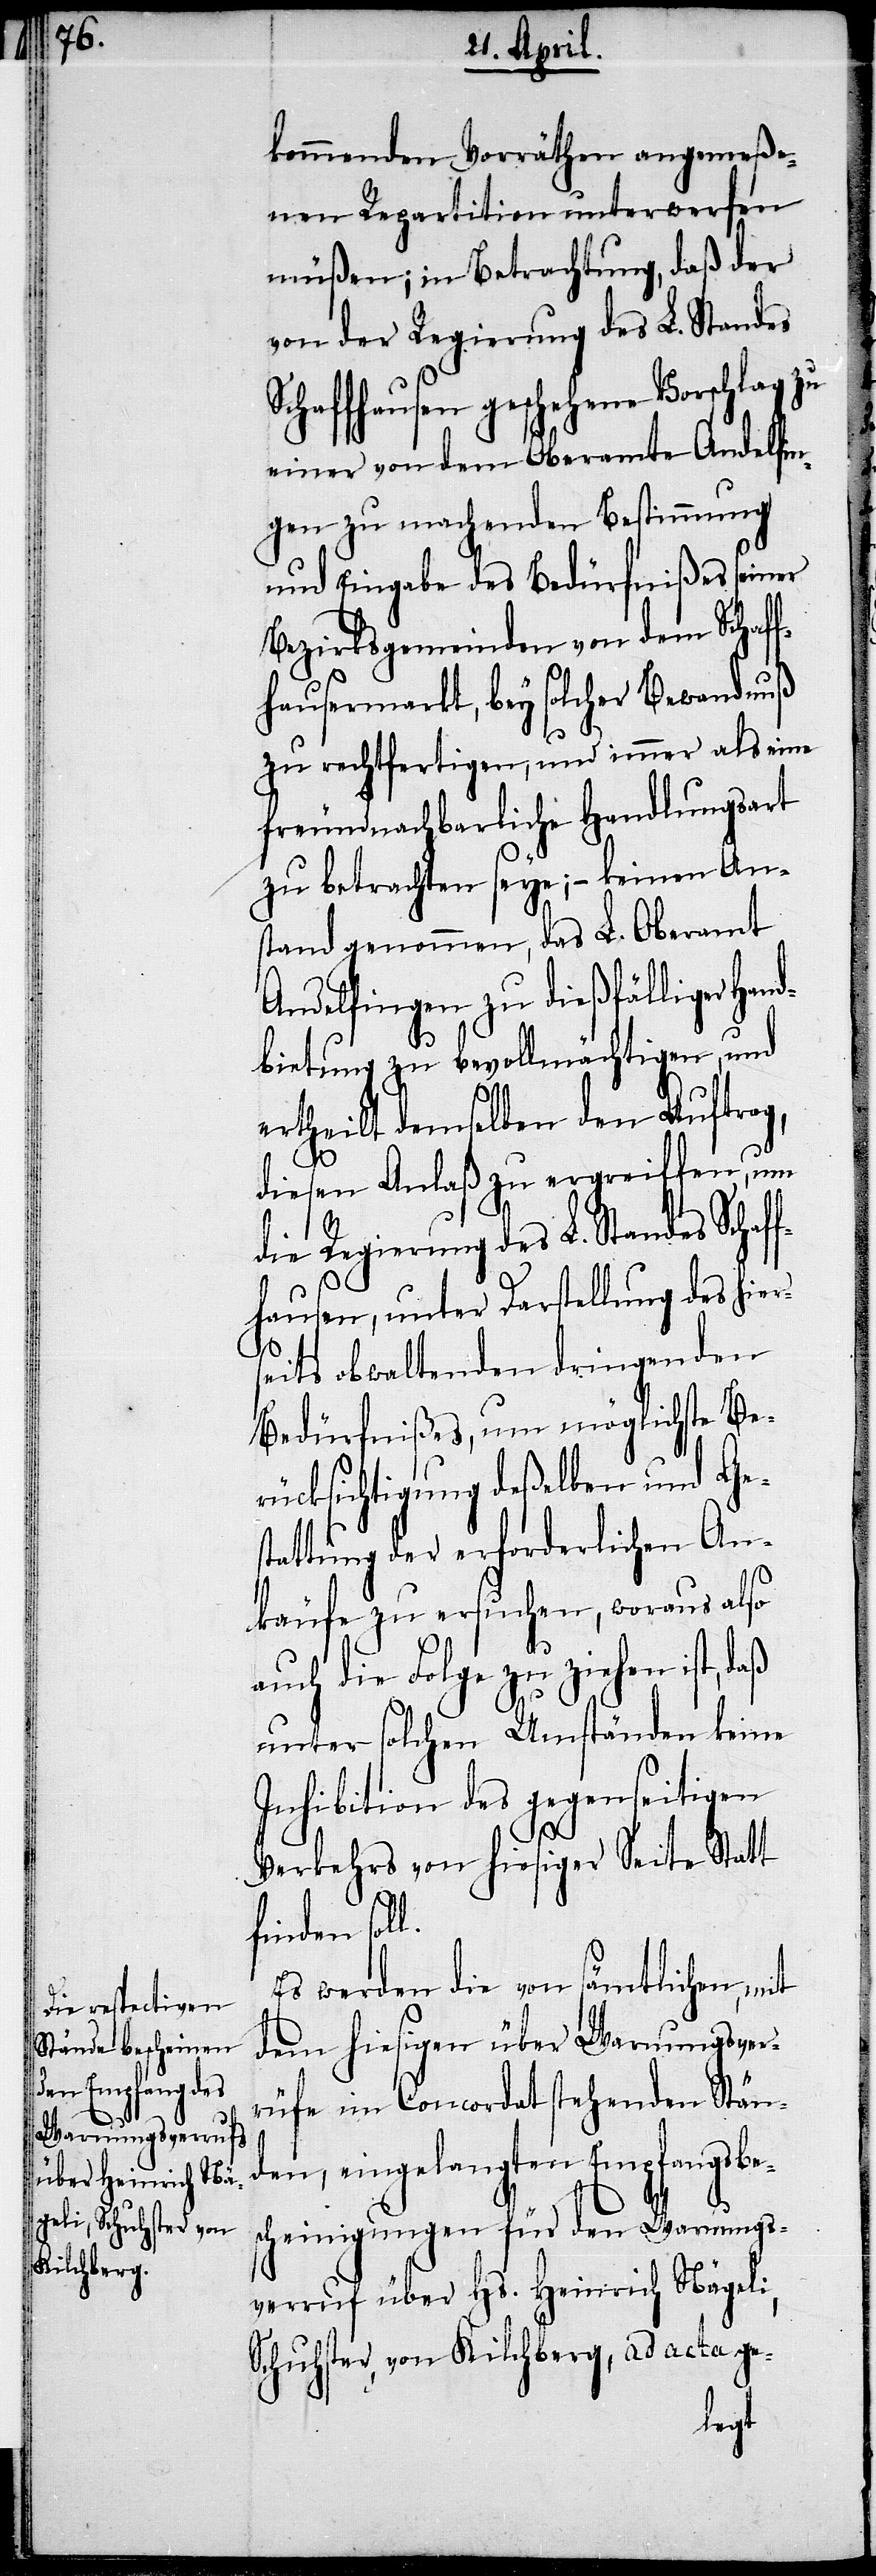
l.

kommenden Vorräthen angemeße¬
nen Repartition unterwerfen
müßen; in Betrachtung, daß der
von der Regierung des L. Standes
Schaffhausen geschehene Vorschlag zu
einer vor dem Oberamte Andelfin¬
gen zu machenden Bestimmung
und Eingabe des Bedürfnißes seiner
Bezirksgemeinden von dem Schaff¬
hausermarkt, bey solcher Bewandnuß
zu rechtfertigen, und immer als eine
freundnachbarliche Handlungsart
zu betrachten seye; – keinen An¬
stand genommen, das L. Oberamt
Andelfingen zu dießfälliger Hand¬
bietung zu bevollmächtigen, und
ertheilt demselben den Auftrag,
diesen Anlaß zu ergreiffen, um
die Regierung des L. Standes Sch¬
fhausen, unter Darstellung des hier¬
seits obwaltenden dringenden
Bedürfnißes, um möglichste Be¬
rücksichtigung deßelben und Ges¬
tattung der erforderlichen An¬
käufe zu ersuchen, woraus also
auch die Folge zu ziehen ist,
unter solchen Umständen keine
Inhibition des gegenseitigen
Verkehrs von hiesiger Seite Statt
finden sol¬
Es werden die von sämtlichen, mit
dem hiesigen über Warnungsver¬
rüfe im Concordat stehenden Ständ¬
en, eingelangten Empfangsbe¬
scheinigungen für den Warnungs¬
verruf über Hs. Heinrich Nägeli,
Schuhster, von Kilchberg, ad acta ge-